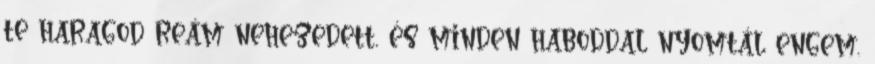
te haragod reám nehezedett, és minden haboddal nyomtál engem.